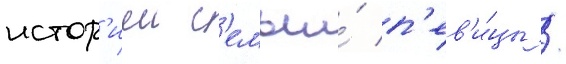
истор'иеи с'емьи́ п'ев'и́цы /